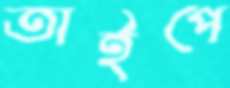
তাইপে